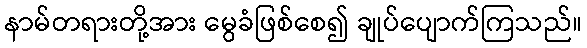
နာမ်တရားတို့အား မွေခံဖြစ်စေ၍ ချုပ်ပျောက်ကြသည်။